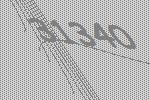
31340